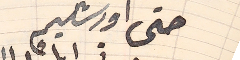
حتى اورشليم